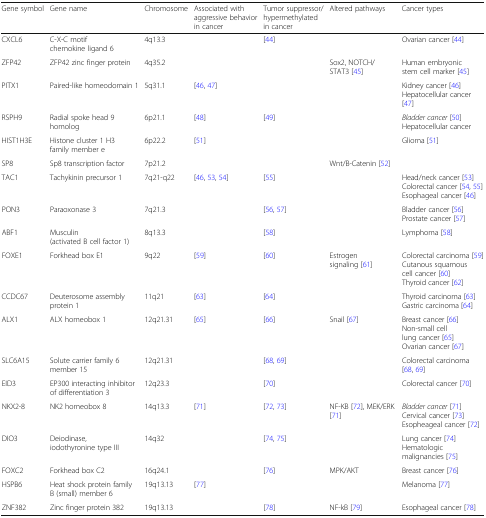
<table><thead><tr><td><b>Gene symbol</b></td><td><b>Gene name</b></td><td><b>Chromosome</b></td><td><b>Associated with aggressive behavior in cancer</b></td><td><b>Tumor suppressor/hypermethylated in cancer</b></td><td><b>Altered pathways</b></td><td><b>Cancer types</b></td></tr></thead><tbody><tr><td>CXCL6</td><td>C-X-C motif chemokine ligand 6</td><td>4q13.3</td><td></td><td>[44]</td><td></td><td>Ovarian cancer [44]</td></tr><tr><td>ZFP42</td><td>ZFP42 zinc finger protein</td><td>4q35.2</td><td></td><td></td><td>Sox2, NOTCH/STAT3 [45]</td><td>Human embryonic stem cell marker [45]</td></tr><tr><td>PITX1</td><td>Paired-like homeodomain 1</td><td>5q31.1</td><td>[46, 47]</td><td></td><td></td><td>Kidney cancer [46]Hepatocellular cancer [47]</td></tr><tr><td>RSPH9</td><td>Radial spoke head 9 homolog</td><td>6p21.1</td><td>[48]</td><td>[49]</td><td></td><td><i>Bladder cancer</i> [50]Hepatocellular cancer</td></tr><tr><td>HIST1H3E</td><td>Histone cluster 1 H3 family member e</td><td>6p22.2</td><td>[51]</td><td></td><td></td><td>Glioma [51]</td></tr><tr><td>SP8</td><td>Sp8 transcription factor</td><td>7p21.2</td><td></td><td></td><td>Wnt/B-Catenin [52]</td><td></td></tr><tr><td>TAC1</td><td>Tachykinin precursor 1</td><td>7q21-q22</td><td>[46, 53, 54]</td><td>[55]</td><td></td><td>Head/neck cancer [53]Colorectal cancer [54, 55]Esophageal cancer [46]</td></tr><tr><td>PON3</td><td>Paraoxonase 3</td><td>7q21.3</td><td></td><td>[56, 57]</td><td></td><td>Bladder cancer [56]Prostate cancer [57]</td></tr><tr><td>ABF1</td><td>Musculin (activated B cell factor 1)</td><td>8q13.3</td><td></td><td>[58]</td><td></td><td>Lymphoma [58]</td></tr><tr><td>FOXE1</td><td>Forkhead box E1</td><td>9q22</td><td>[59]</td><td>[60]</td><td>Estrogen signaling [61]</td><td>Colorectal carcinoma [59]Cutanous squamous cell cancer [60]Thyroid cancer [62]</td></tr><tr><td>CCDC67</td><td>Deuterosome assembly protein 1</td><td>11q21</td><td>[63]</td><td>[64]</td><td></td><td>Thyroid carcinoma [63]Gastric carcinoma [64]</td></tr><tr><td>ALX1</td><td>ALX homeobox 1</td><td>12q21.31</td><td>[65]</td><td>[66]</td><td>Snail [67]</td><td>Breast cancer [66]Non-small cell lung cancer [65]Ovarian cancer [67]</td></tr><tr><td>SLC6A15</td><td>Solute carrier family 6 member 15</td><td>12q21.31</td><td></td><td>[68, 69]</td><td></td><td>Colorectal carcinoma [68, 69]</td></tr><tr><td>EID3</td><td>EP300 interacting inhibitor of differentiation 3</td><td>12q23.3</td><td></td><td>[70]</td><td></td><td>Colorectal cancer [70]</td></tr><tr><td>NKX2-8</td><td>NK2 homeobox 8</td><td>14q13.3</td><td>[71]</td><td>[72, 73]</td><td>NF-KB [72], MEK/ERK [71]</td><td><i>Bladder cancer</i> [71]Cervical cancer [73]Esopheageal cancer [72]</td></tr><tr><td>DIO3</td><td>Deiodinase, iodothyronine type III</td><td>14q32</td><td></td><td>[74, 75]</td><td></td><td>Lung cancer [74]Hematologic malignancies [75]</td></tr><tr><td>FOXC2</td><td>Forkhead box C2</td><td>16q24.1</td><td></td><td>[76]</td><td>MPK/AKT</td><td>Breast cancer [76]</td></tr><tr><td>HSPB6</td><td>Heat shock protein family B (small) member 6</td><td>19q13.13</td><td>[77]</td><td></td><td></td><td>Melanoma [77]</td></tr><tr><td>ZNF382</td><td>Zinc finger protein 382</td><td>19q13.13</td><td></td><td>[78]</td><td>NF-kB [79]</td><td>Esophageal cancer [78]</td></tr></tbody></table>